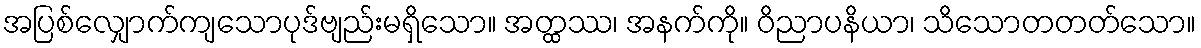
အပြစ်လျှောက်ကျသောပုဒ်ဗျည်းမရှိသော။ အတ္ထဿ၊ အနက်ကို။ ဝိညာပနိယာ၊ သိသောတတတ်သော။